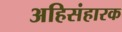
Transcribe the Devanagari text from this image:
अहिसंहारक